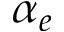
\alpha _ { e }